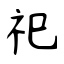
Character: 祀